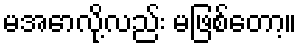
မအောလို့လည်း မဖြစ်တော့။